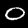
Label: 0